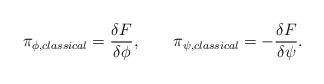
LaTeX: \begin{align*}\pi _{\phi ,classical}={\frac{\delta F}{\delta \phi }},\qquad \pi _{\psi,classical}=-{\frac{\delta F}{\delta \psi }}.\end{align*}